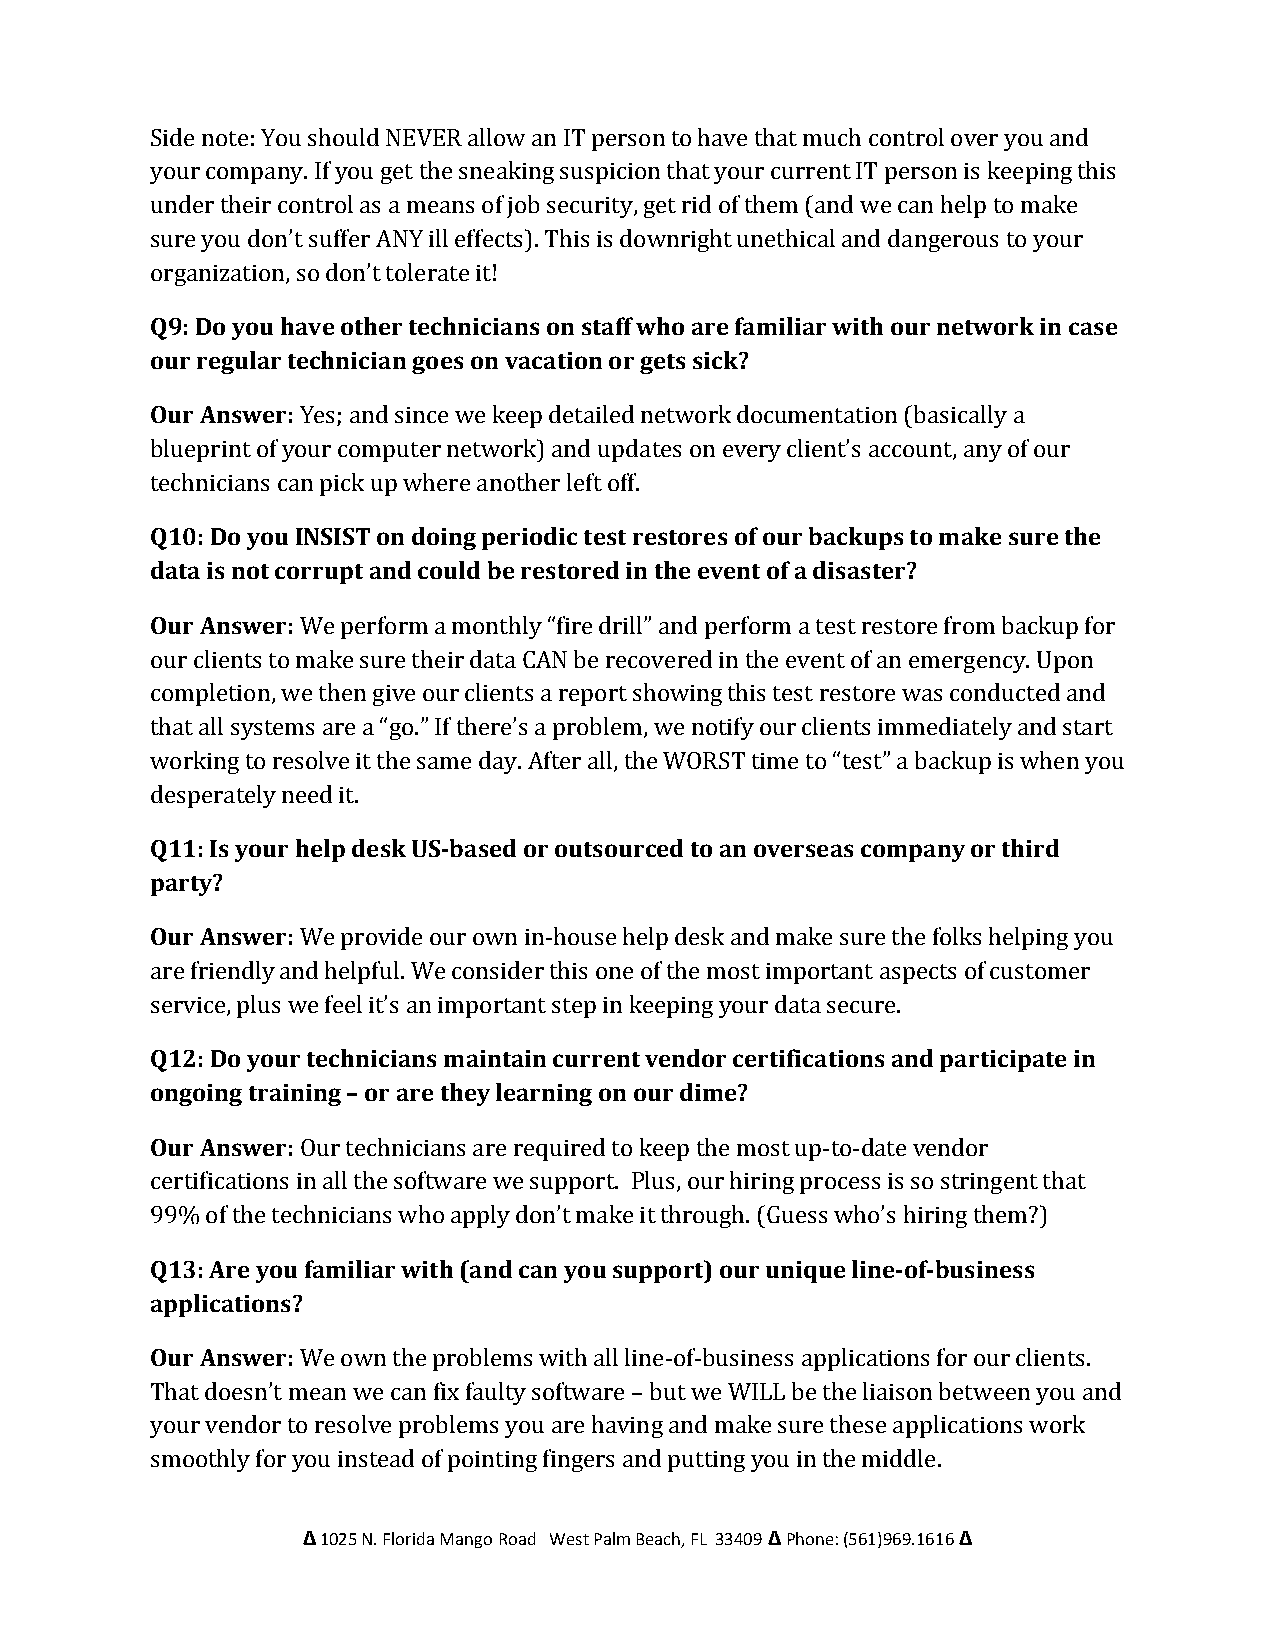
Side note: You should NEVER allow an IT person to have that much control over you and
 your company. If you get the sneaking suspicion that your current IT person is keeping this
 under their control as a means of job security, get rid of them (and we can help to make
 sure you don’t suffer ANY ill effects). This is downright unethical and dangerous to your
 organization, so don’t tolerate it!
 Q9: Do you have other technicians on staff who are familiar with our network in case
 our regular technician goes on vacation or gets sick?
 Our Answer: Yes; and since we keep detailed network documentation (basically a
 blueprint of your computer network) and updates on every client’s account, any of our
 technicians can pick up where another left off.
 Q10: Do you INSIST on doing periodic test restores of our backups to make sure the
 data is not corrupt and could be restored in the event of a disaster?
 Our Answer: We perform a monthly “fire drill” and perform a test restore from backup for
 our clients to make sure their data CAN be recovered in the event of an emergency. Upon
 completion, we then give our clients a report showing this test restore was conducted and
 that all systems are a “go.” If there’s a problem, we notify our clients immediately and start
 working to resolve it the same day. After all, the WORST time to “test” a backup is when you
 desperately need it.
 Q11: Is your help desk US-based or outsourced to an overseas company or third
 party?
 Our Answer: We provide our own in-house help desk and make sure the folks helping you
 are friendly and helpful. We consider this one of the most important aspects of customer
 service, plus we feel it’s an important step in keeping your data secure.
 Q12: Do your technicians maintain current vendor certifications and participate in
 ongoing training – or are they learning on our dime?
 Our Answer: Our technicians are required to keep the most up-to-date vendor
 certifications in all the software we support. Plus, our hiring process is so stringent that
 99% of the technicians who apply don’t make it through. (Guess who’s hiring them?)
 Q13: Are you familiar with (and can you support) our unique line-of-business
 applications?
 Our Answer: We own the problems with all line-of-business applications for our clients.
 That doesn’t mean we can fix faulty software – but we WILL be the liaison between you and
 your vendor to resolve problems you are having and make sure these applications work
 smoothly for you instead of pointing fingers and putting you in the middle.
 Δ 1025 N. Florida Mango Road West Palm Beach, FL 33409 Δ Phone: (561)969.1616 Δ